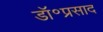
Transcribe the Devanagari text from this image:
डॉ॰प्रसाद